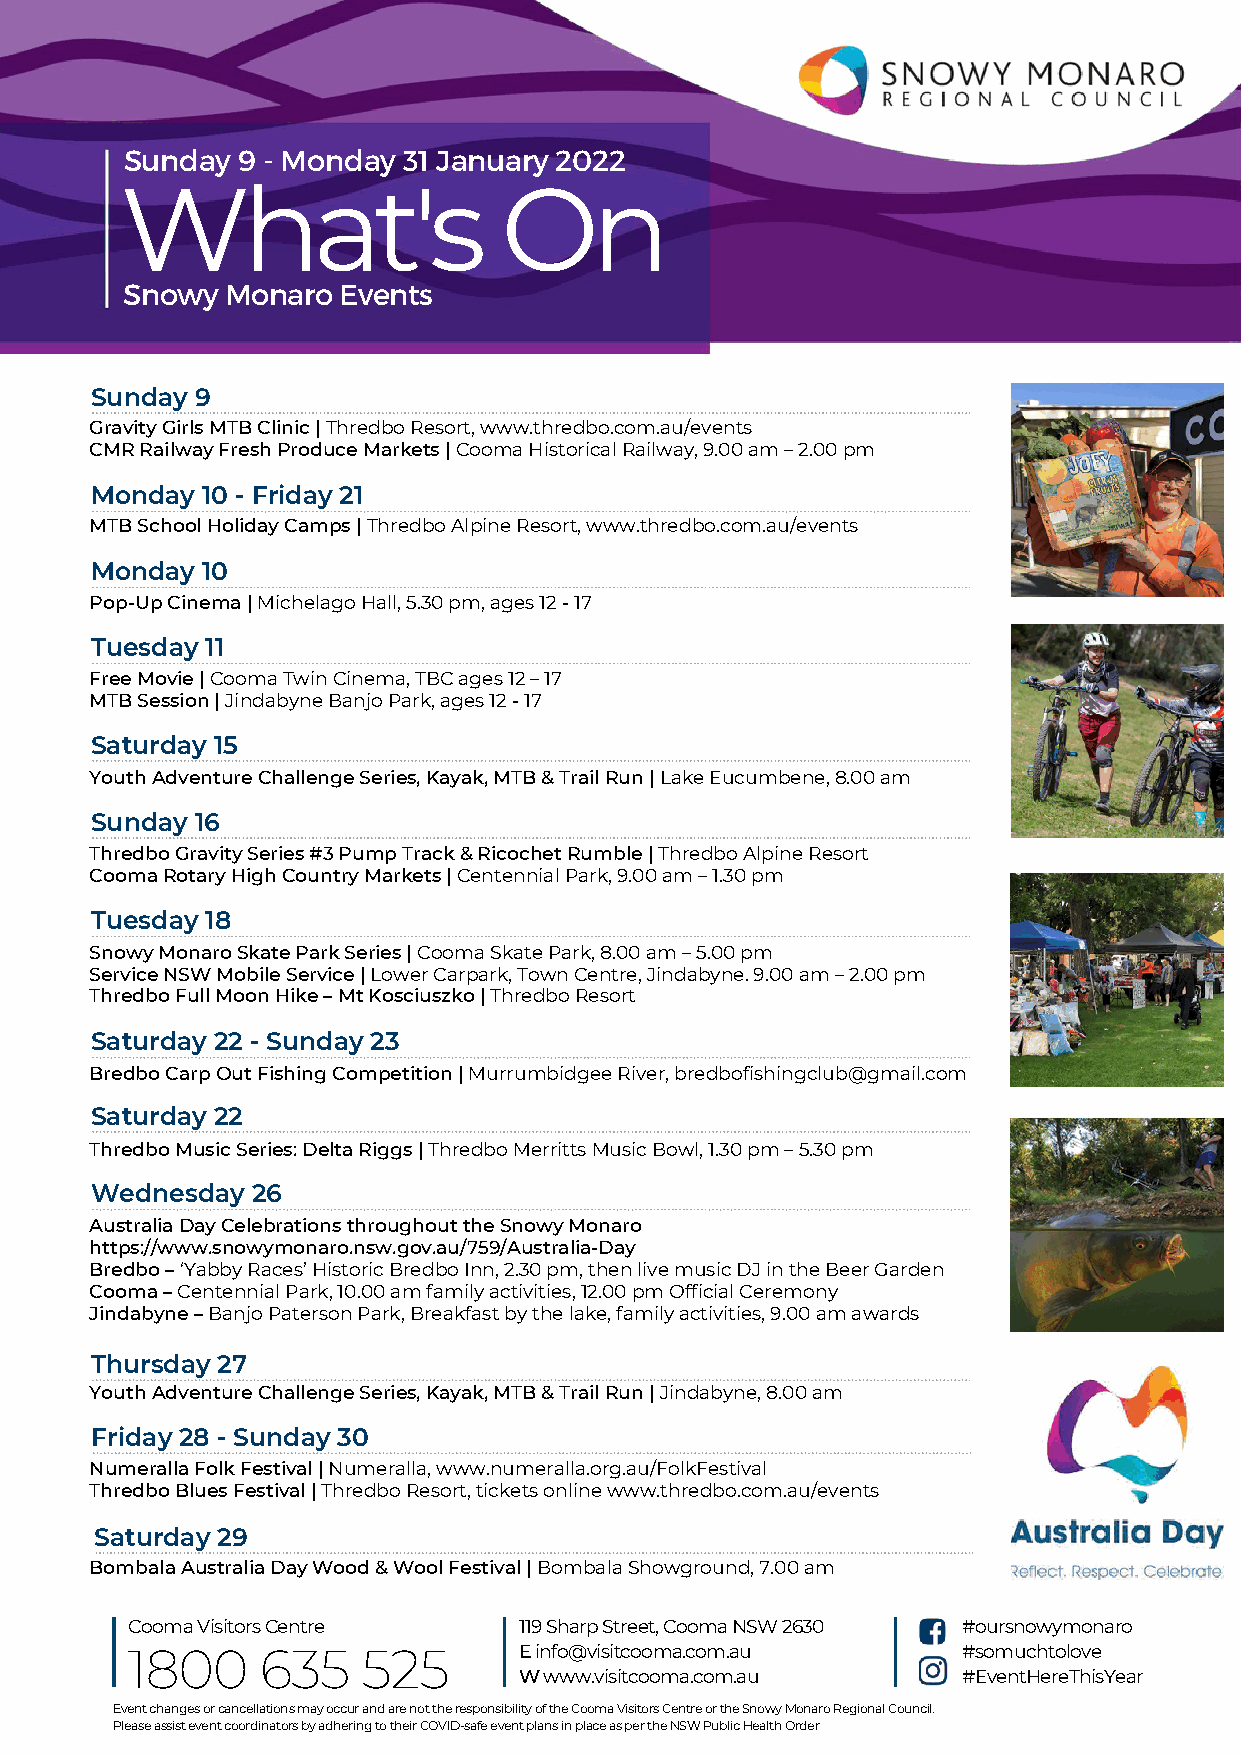
Sunday  9 - Monday 31 January 2022
 What's                   On
 Snowy  Monaro Events
 Sunday 9
 Gravity Girls MTB Clinic | Thredbo Resort, www.thredbo.com.au/events
 CMR Railway Fresh Produce Markets | Cooma Historical Railway, 9.00 am – 2.00 pm
 Monday 10 - Friday 21
 MTB School Holiday Camps | Thredbo Alpine Resort, www.thredbo.com.au/events
 Monday 10
 Pop-Up Cinema | Michelago Hall, 5.30 pm, ages 12 - 17
 Tuesday 11
 Free Movie | Cooma Twin Cinema, TBC ages 12 – 17
 MTB Session | Jindabyne Banjo Park, ages 12 - 17
 Saturday 15
 Youth Adventure Challenge Series, Kayak, MTB & Trail Run | Lake Eucumbene, 8.00 am
 Sunday 16
 Thredbo Gravity Series #3 Pump Track & Ricochet Rumble | Thredbo Alpine Resort
 Cooma Rotary High Country Markets | Centennial Park, 9.00 am – 1.30 pm
 Tuesday 18
 Snowy Monaro Skate Park Series | Cooma Skate Park, 8.00 am – 5.00 pm
 Service NSW Mobile Service | Lower Carpark, Town Centre, Jindabyne. 9.00 am – 2.00 pm
 Thredbo Full Moon Hike – Mt Kosciuszko | Thredbo Resort
 Saturday 22 - Sunday 23
 Bredbo Carp Out Fishing Competition | Murrumbidgee River, bredbofishingclub@gmail.com
 Saturday 22
 Thredbo Music Series: Delta Riggs | Thredbo Merritts Music Bowl, 1.30 pm – 5.30 pm
 Wednesday  26
 Australia Day Celebrations throughout the Snowy Monaro
 https://www.snowymonaro.nsw.gov.au/759/Australia-Day
 Bredbo – ‘Yabby Races’ Historic Bredbo Inn, 2.30 pm, then live music DJ in the Beer Garden
 Cooma – Centennial Park, 10.00 am family activities, 12.00 pm Official Ceremony
 Jindabyne – Banjo Paterson Park, Breakfast by the lake, family activities, 9.00 am awards
 Thursday 27
 Youth Adventure Challenge Series, Kayak, MTB & Trail Run | Jindabyne, 8.00 am
 Friday 28 - Sunday 30
 Numeralla Folk Festival | Numeralla, www.numeralla.org.au/FolkFestival
 Thredbo Blues Festival | Thredbo Resort, tickets online www.thredbo.com.au/events
 Saturday 29
 Bombala Australia Day Wood & Wool Festival | Bombala Showground, 7.00 am
 Cooma Visitors Centre     119 Sharp Street, Cooma NSW 2630 #oursnowymonaro
 1800     635    525       E info@visitcooma.com.au      #somuchtolove
 W www.visitcooma.com.au       #EventHereThisYear
 Event changes or cancellations may occur and are not the responsibility of the Cooma Visitors Centre or the Snowy Monaro Regional Council.
 Please assist event coordinators by adhering to their COVID-safe event plans in place as per the NSW Public Health Order